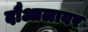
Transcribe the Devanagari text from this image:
दौआलावर